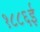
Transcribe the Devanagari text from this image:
१८८६ई